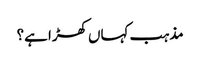
مذہب کہاں کھڑا ہے؟